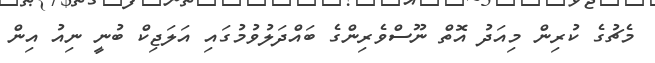
މެޗުގެ ކުރިން މިއަދު އޮތް ނޫސްވެރިންގެ ބައްދަލުވުމުގައި އަލަޖިކް ބުނީ ނިއު އިން